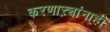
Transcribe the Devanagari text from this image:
करणाऱ्यांनाही